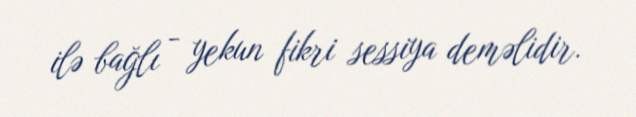
ilə bağlı - yekun fikri sessiya deməlidir.